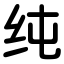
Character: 纯